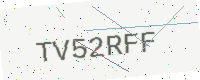
Text: TV52RFF